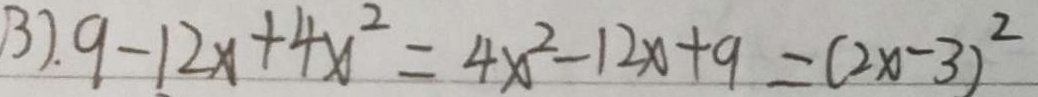
3 ) . 9 - 1 2 x + 4 x ^ { 2 } = 4 x ^ { 2 } - 1 2 x + 9 = ( 2 x - 3 ) ^ { 2 }